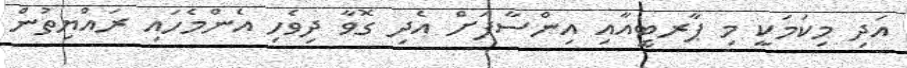
އަދި މިކަމަކީ މި ޕާރޓީއާއި އިންސާފަށް އެދި ގޮވާ ދިވެހި އެންމެހައި ރައްޔިތުން